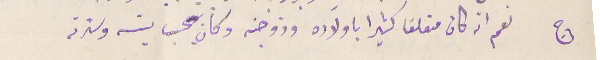
ج نعم انه كان متعلقا كثيرا ياولاده وزوجته وكان يحب بيته وسترته